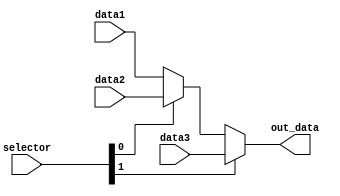
module mux3 #(parameter width = 32)(
    input wire [width-1 : 0] data1, data2, data3,
    input wire [1:0] selector,

    output wire [width-1 : 0] out_data
    );

    assign out_data = selector[1]? data3 : (selector[0]? data2 : data1);
endmodule